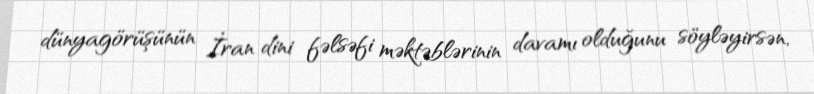
dünyagörüşünün İran dini fəlsəfi məktəblərinin davamı olduğunu söyləyirsən,